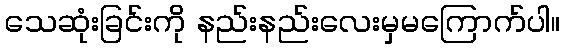
သေဆုံးခြင်းကို နည်းနည်းလေးမှမကြောက်ပါ။